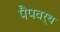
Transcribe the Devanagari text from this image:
पैपवर्थ